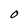
Character: 0